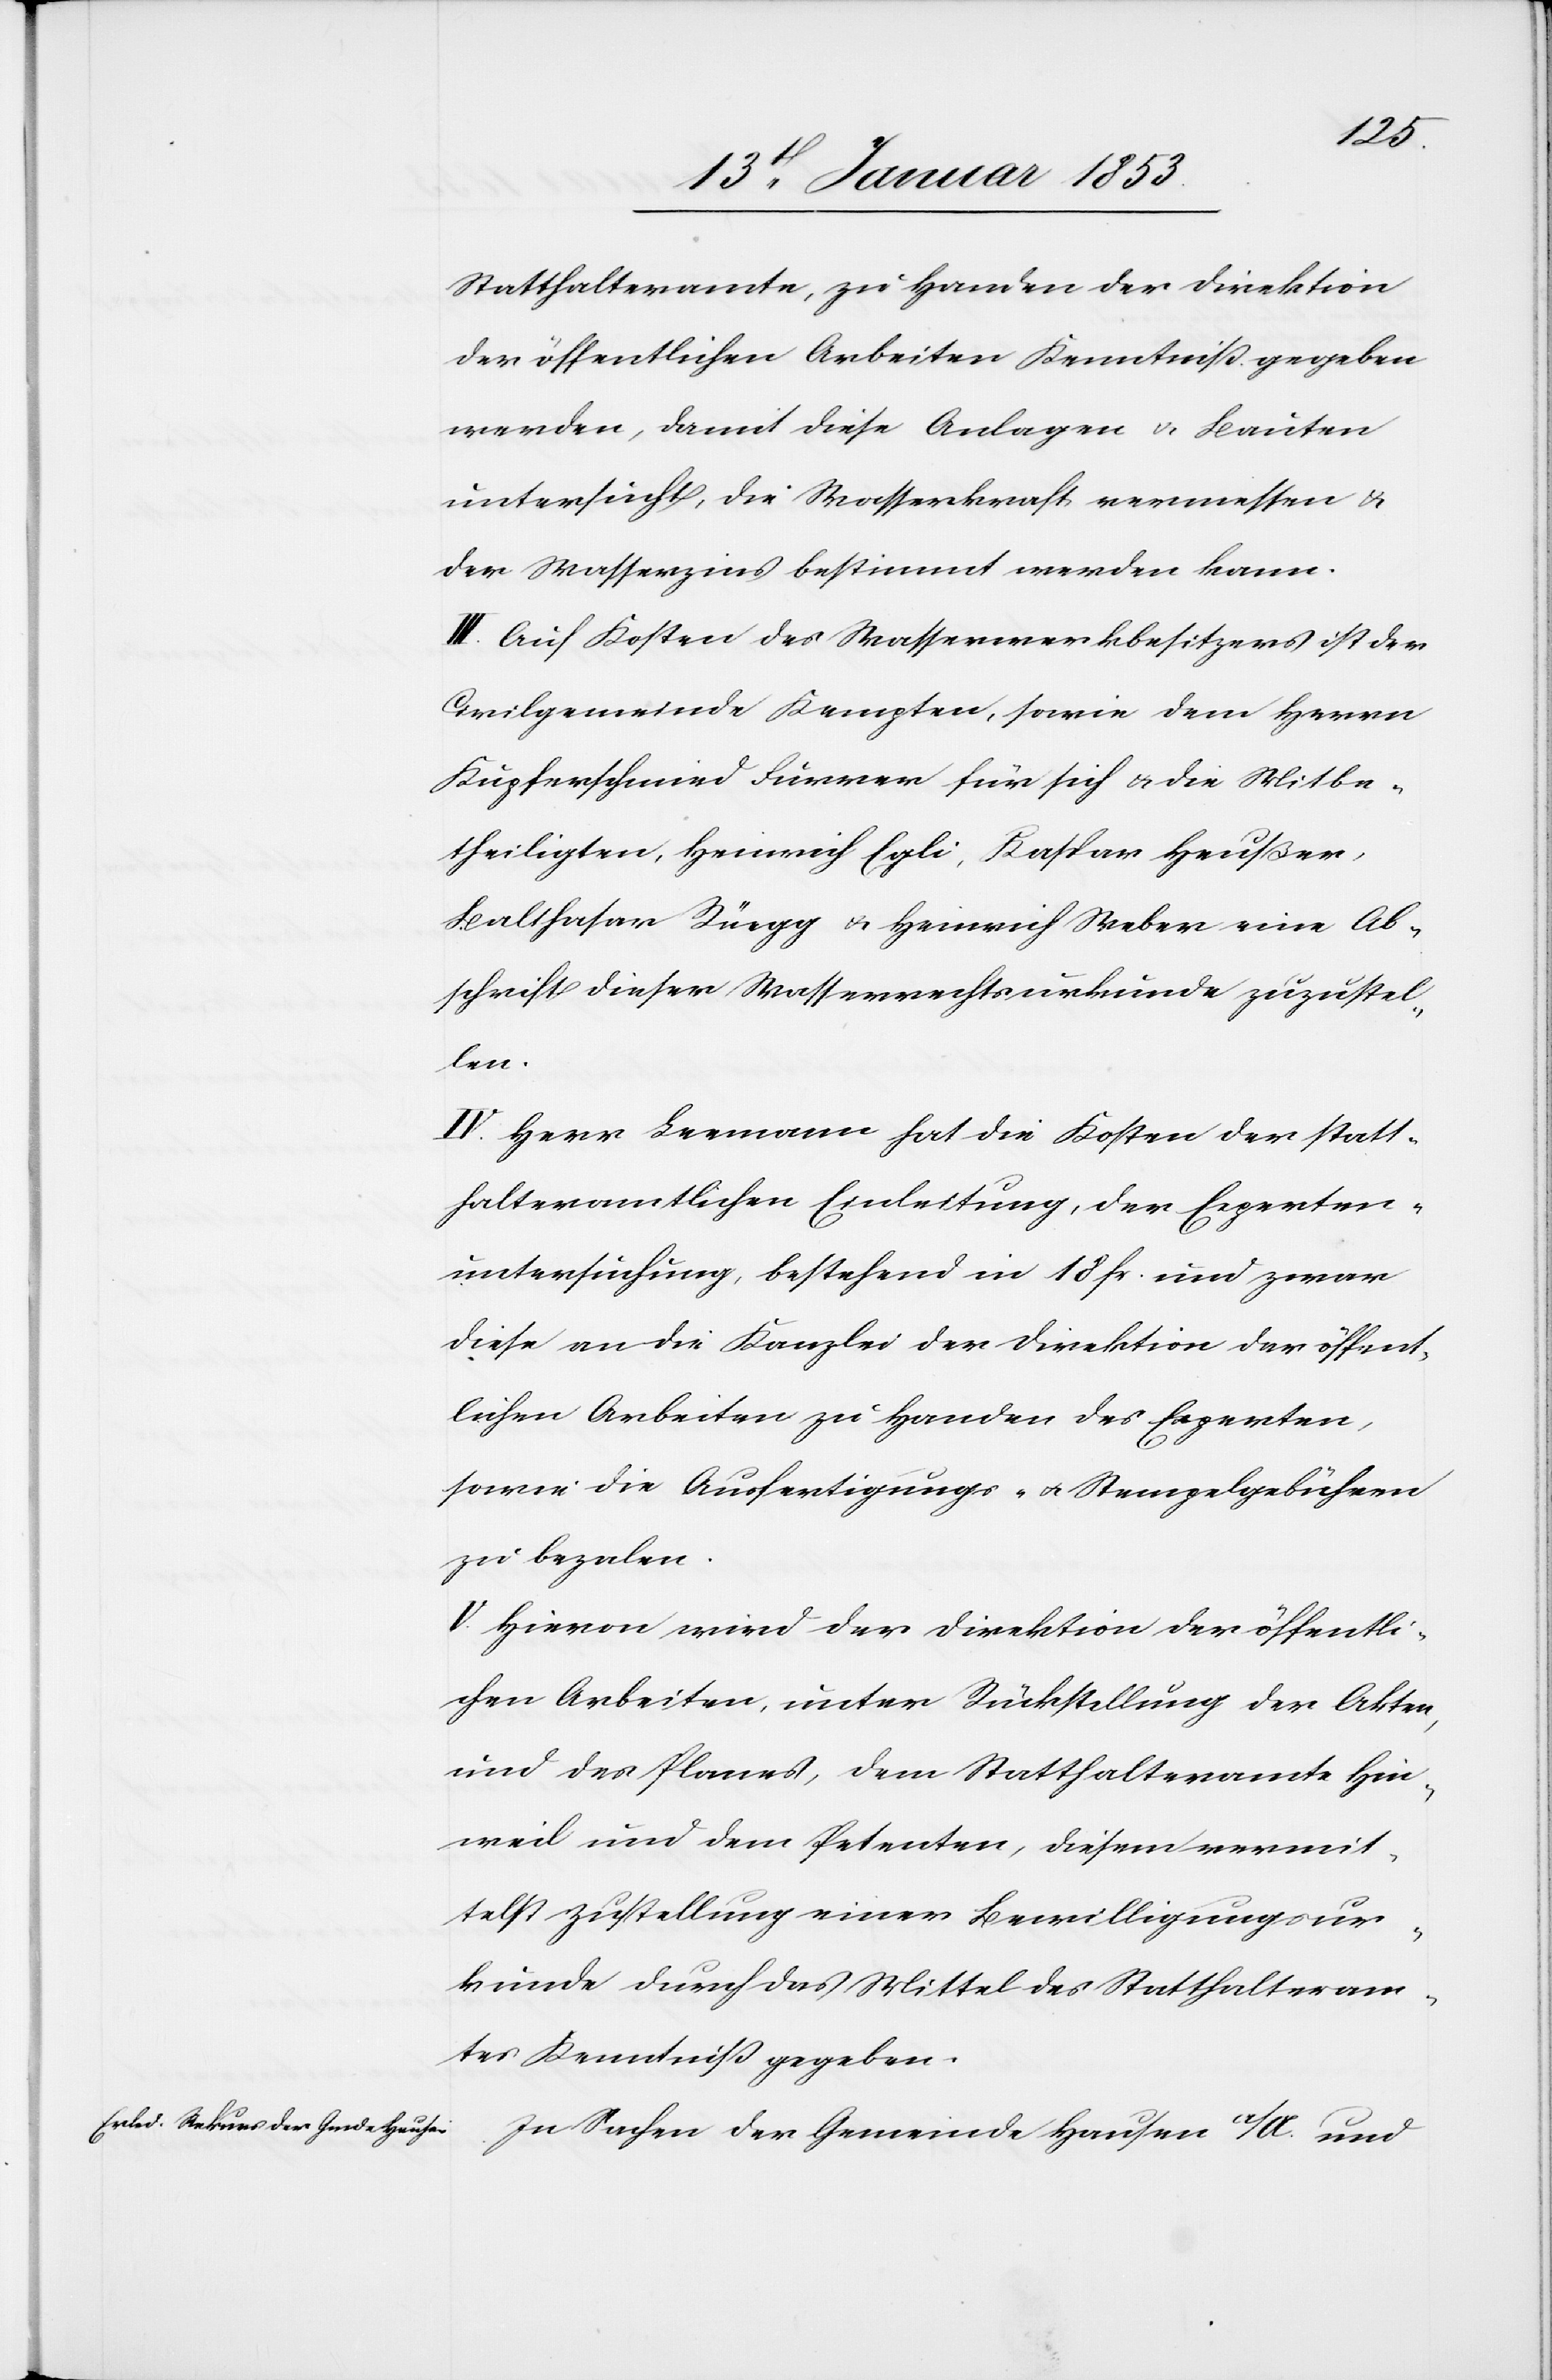
Statthalteramte, zu Handen der Direktion
der öffentlichen Arbeiten Kenntniß gegeben
werden, damit diese Anlagen u. Bauten
untersucht, die Wasserkraft ermessen u.
der Wasserzins bestimmt werden kann.
III. Auf Kosten des Wasserwerkbesitzers ist der
Civilgemeinde Kempten, sowie dem Herrn
Kupferschmied Furrer für sich u. die Mitbe¬
theiligten, Heinrich Egli, Kaspar Heußer,
Balthasar Rüegg u. Heinrich Weber eine Ab¬
schrift dieser Wasserwerksurkunde zuzustel¬
len.
IV. Herr Leemann hat die Kosten der statt¬
halteramtlichen Einleitung, der Experten¬
untersuchung, bestehend in 18 fr. und zwar
diese an die Kanzlei der Direktion der öffent¬
lichen Arbeiten zu Handen des Experten,
sowie die Ausfertigungs- u. Stempelgebühren
zu bezalen.
V. Hievon wird der Direktion der öffentli¬
chen Arbeiten, unter Rückstellung der Akten
und des Planes, dem Statthalteramte Hin¬
weil und dem Petenten, diesem vermit¬
telst Zustellung einer Bewilligungsur¬
kunde durch das Mittel des Statthalteram¬
tes Kenntniß gegeben.
In Sachen der Gemeinde Hausen a/A. und